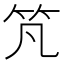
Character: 竼